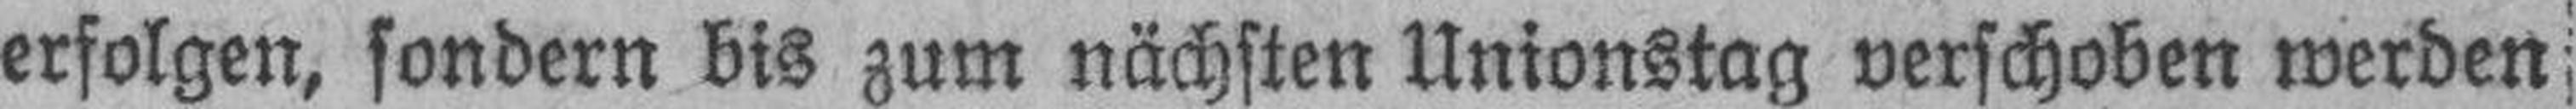
erfolgen, sondern bis zum nächsten Unionstag verschoben werden